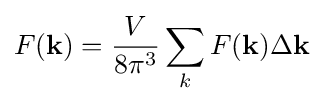
F(\mathbf {k} )={\frac {V}{8\pi ^{3}}}\sum _{k}F(\mathbf {k} )\Delta \mathbf {k}